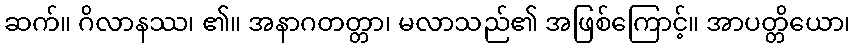
ဆက်။ ဂိလာနဿ၊ ၏။ အနာဂတတ္တာ၊ မလာသည်၏ အဖြစ်ကြောင့်။ အာပတ္တိယော၊